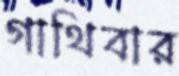
গাথিবার